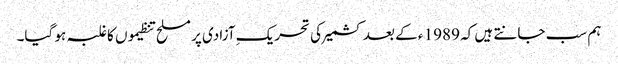
ہم سب جانتے ہیں کہ 1989 ء کے بعد کشمیر کی تحریکِ آزادی پر مسلح تنظیموں کا غلبہ ہو گیا۔